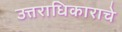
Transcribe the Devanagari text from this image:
उत्तराधिकाराचे